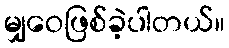
မျှဝေဖြစ်ခဲ့ပါတယ်။